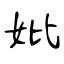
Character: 妣